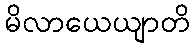
မိလာယေယျာတိ